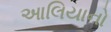
આલિયાનો